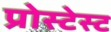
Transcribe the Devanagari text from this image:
प्रोस्टेस्ट